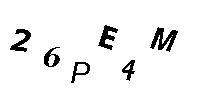
26PE4M